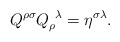
\begin{align*} Q^{\rho \sigma }Q_{\rho }^{\ \lambda } = \eta ^{\sigma \lambda }.\end{align*}